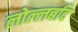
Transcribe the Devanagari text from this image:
लोल्लबदि